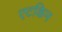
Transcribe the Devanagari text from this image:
एटकिन